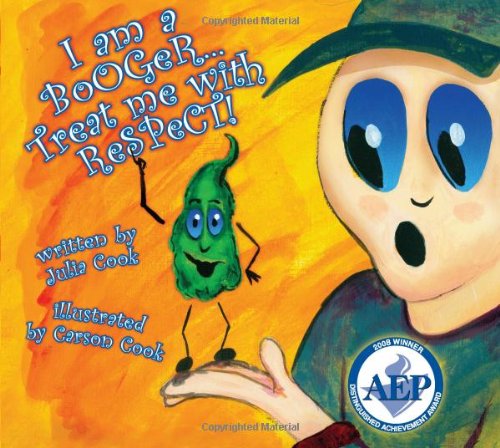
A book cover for I Am a Booger... Treat Me With Respect!; Julia Cook; Health, Fitness & Dieting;